Report on the lunatic asylums under the Government of Bombay - 1904-1913
Year: 1904
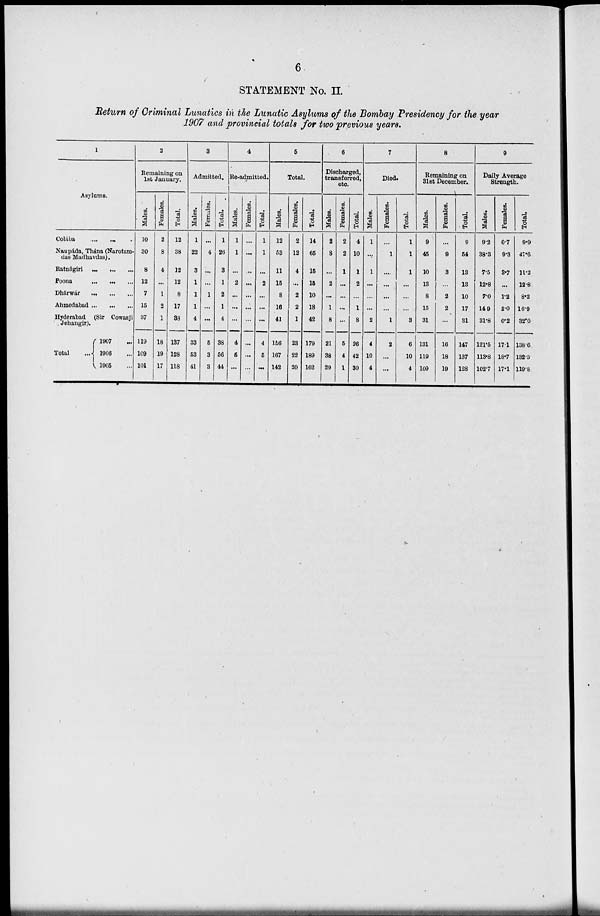
6
STATEMENT No. II
Return of Criminal Lunatics in the Lunatic Asylums of the Bombay Presidency for the year
1907 and provincial totals for two previous years.
1
Asylums.
Colába ... ... ...
Naupáda, Thána (Narotam¬
das Mudhavdas).
Ratnágiri ... ... ...
Poona ... ... ...
Dhárwár
...
...
...
Ahmedabad ... ... ...
Hyderabad (Sir Cowasji
Jehangir).
Total
1907 ...
1906 ...
1905 ...
2
Remaining on
1st January.
Males.
10
30
8
12
7
15
37
119
109
101
Females.
2
8
4
...
1
2
1
18
19
17
Total.
12
38
12
12
8
17
38
137
128
118
3
Admitted.
Males.
1
22
3
1
1
1
4
33
53
41
Females.
...
4
...
...
1
...
...
5
3
3
Total.
1
26
3
1
2
1
4
38
56
44
4
Re-admitted.
Males.
1
1
...
2
...
...
...
4
5
...
Females.
...
...
..
...
...
...
...
...
...
...
Total.
1
1
...
2
...
...
...
4
5
...
5
Total.
Males.
12
53
11
15
8
16
41
156
167
142
Females.
2
12
4
...
2
2
1
23
22
20
Total.
14
65
15
15
10
18
42
179
189
162
6
Discharged,
transferred,
etc.
Males.
2
8
...
2
...
1
8
21
38
29
Females.
2
2
1
...
...
...
...
5
4
1
Total.
4
10
1
2
...
1
8
26
42
30
7
Died.
Males.
1
...
1
...
...
...
2
4
10
4
Females.
...
1
....
...
...
...
1
2
...
...
Total.
1
1
1
...
...
...
3
6
10
4
8
Remaining on
31st December.
Males.
9
45
10
13
8
15
31
131
119
109
Females.
...
9
3
...
2
2
...
16
18
19
Total.
9
54
13
13
10
17
31
147
137
128
9
Daily Average
Strength.
Males.
9.2
38.3
7.5
12.8
7.0
14 9
31.8
121.5
113.8
102.7
Females.
0.7
9.3
3.7
...
1.2
2.0
0.2
17.1
18.7
17.1
Total.
9.9
47.6
11.2
12.8
8.2
16.9
32.0
138.6
132.5
119.8